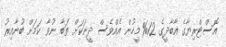
އޮސްޓްރިޔާގެ އާބާދީގެ 12% މީހުން އެއްވެސް ދީނަކަށް ތަބާ ނުވާ ކަމަށް ބުނާއިރު